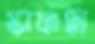
স্কার্ফটা